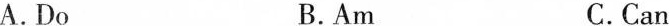
A.DoB.AmC.Can